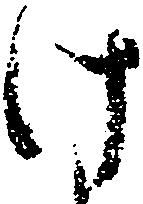
け